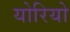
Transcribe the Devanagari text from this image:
योरियो